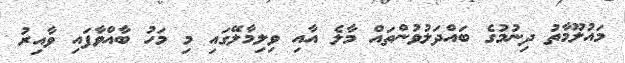
މައުލޫމާތު ދިނުމުގެ ބައްދަލުވުންތައް މާލެ އާއި ވިލިމާލޭގައި މި މަހު ބާއްވާފައި ވާއިރު